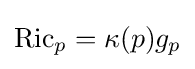
\operatorname {Ric} _{p}=\kappa (p)g_{p}